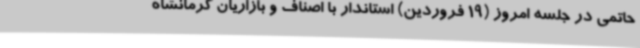
حاتمی در جلسه امروز (19 فروردین) استاندار با اصناف و بازاریان کرمانشاه